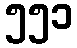
၅၅၁